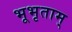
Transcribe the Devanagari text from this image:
भूभृताम्